Annual administration and progress report of the Indian Medical Department, Bombay
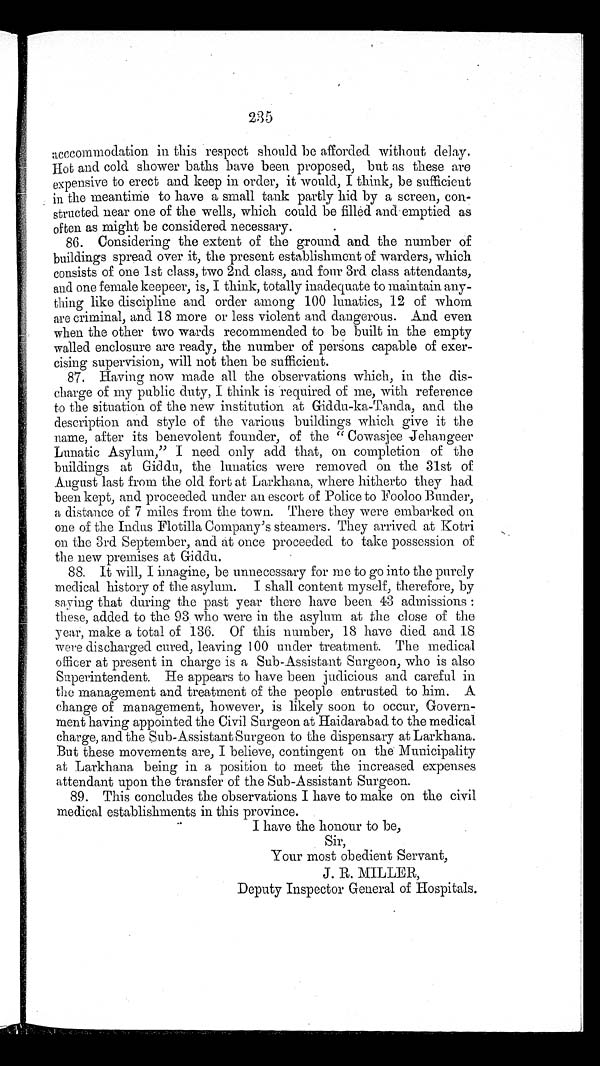
235
acccommodation in this respect should be afforded without delay.
Hot and cold shower baths have been proposed, but as these are
expensive to erect and keep in order, it would, I think, be sufficient
in the meantime to have a small tank partly hid by a screen, con-
structed near one of the wells, which could be filled and emptied as
often as might be considered necessary.
86. Considering the extent of the ground and the number of
buildings spread over it, the present establishment of warders, which
consists of one 1st class, two 2nd class, and four 3rd class attendants,
and one female keepeer, is, I think, totally inadequate to maintain any-
thing like discipline and order among 100 lunatics, 12 of whom
are criminal, and 18 more or less violent and dangerous. And even
when the other two wards recommended to be built in the empty
walled enclosure are ready, the number of persons capable of exer-
cising supervision, will not then be sufficient.
87.
Having now made all the observations which, in the dis-
charge of my public duty, I think is required of me, with reference
to the situation of the new institution at Giddu-ka-Tanda, and the
description and style of the various buildings which give it the
name, after its benevolent founder, of the “ Cowasjee Jehangeer
Lunatic Asylum,” I need only add that, on completion of the
buildings at Giddu, the lunatics were removed on the 31st of
August last from the old fort at Larkhana, where hitherto they had
been kept, and proceeded under an escort of Police to Fooloo Bunder,
a distance of 7 miles from the town. There they were embarked on
one of the Indus Flotilla Company’s steamers. They arrived at Kotri
on the 3rd September, and at once proceeded to take possession of
the new premises at Giddu.
88. It will, I imagine, be unnecessary for me to go into the purely
medical history of the asylum. I shall content myself, therefore, by
saying that during the past year there have been 43 admissions :
these, added to the 93 who were in the asylum at the close of the
year, make a total of 136. Of this number, 18 have died and 18
were discharged cured, leaving 100 under treatment. The medical
officer at present in charge is a Sub-Assistant Surgeon, who is also
Superintendent. He appears to have been judicious and careful in
the management and treatment of the people entrusted to him. A
change of management, however, is likely soon to occur, Govern-
ment having appointed the Civil Surgeon at Haidarabad to the medical
charge, and the Sub-Assistant Surgeon to the dispensary at Larkhana.
But these movements are, I believe, contingent on the Municipality
at Larkhana being in a position to meet the increased expenses
attendant upon the transfer of the Sub-Assistant Surgeon.
89. This concludes the observations I have to make on the civil
medical establishments in this province.
I have the honour to be,
Sir,
Your most obedient Servant,
J. R. MILLER,
Deputy Inspector General of Hospitals.